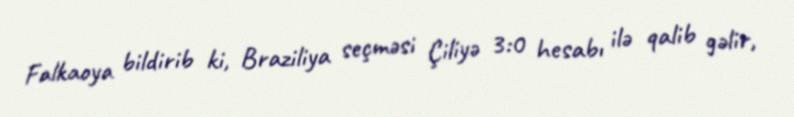
Falkaoya bildirib ki, Braziliya seçməsi Çiliyə 3:0 hesabı ilə qalib gəlir,